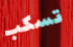
تسكب